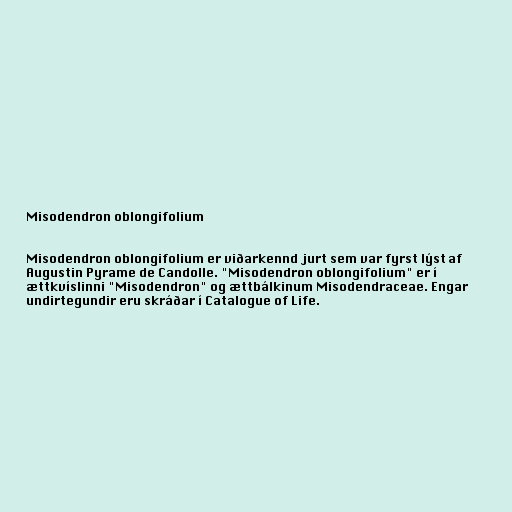
Misodendron oblongifolium

Misodendron oblongifolium er viðarkennd jurt sem var fyrst lýst af
Augustin Pyrame de Candolle. "Misodendron oblongifolium" er í
ættkvíslinni "Misodendron" og ættbálkinum Misodendraceae. Engar
undirtegundir eru skráðar í Catalogue of Life.